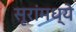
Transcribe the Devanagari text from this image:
सूरांमध्ये